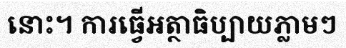
នោះ។ ការធ្វើអត្ថាធិប្បាយភ្លាមៗ